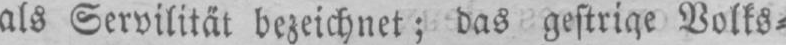
Volks⸗